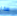
هذا